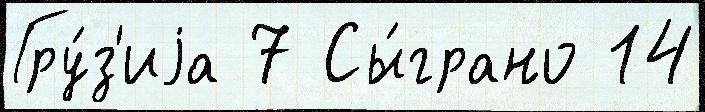
Гру́з'иjа 7 Сы́грано 14